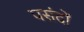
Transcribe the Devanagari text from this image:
पसंदों